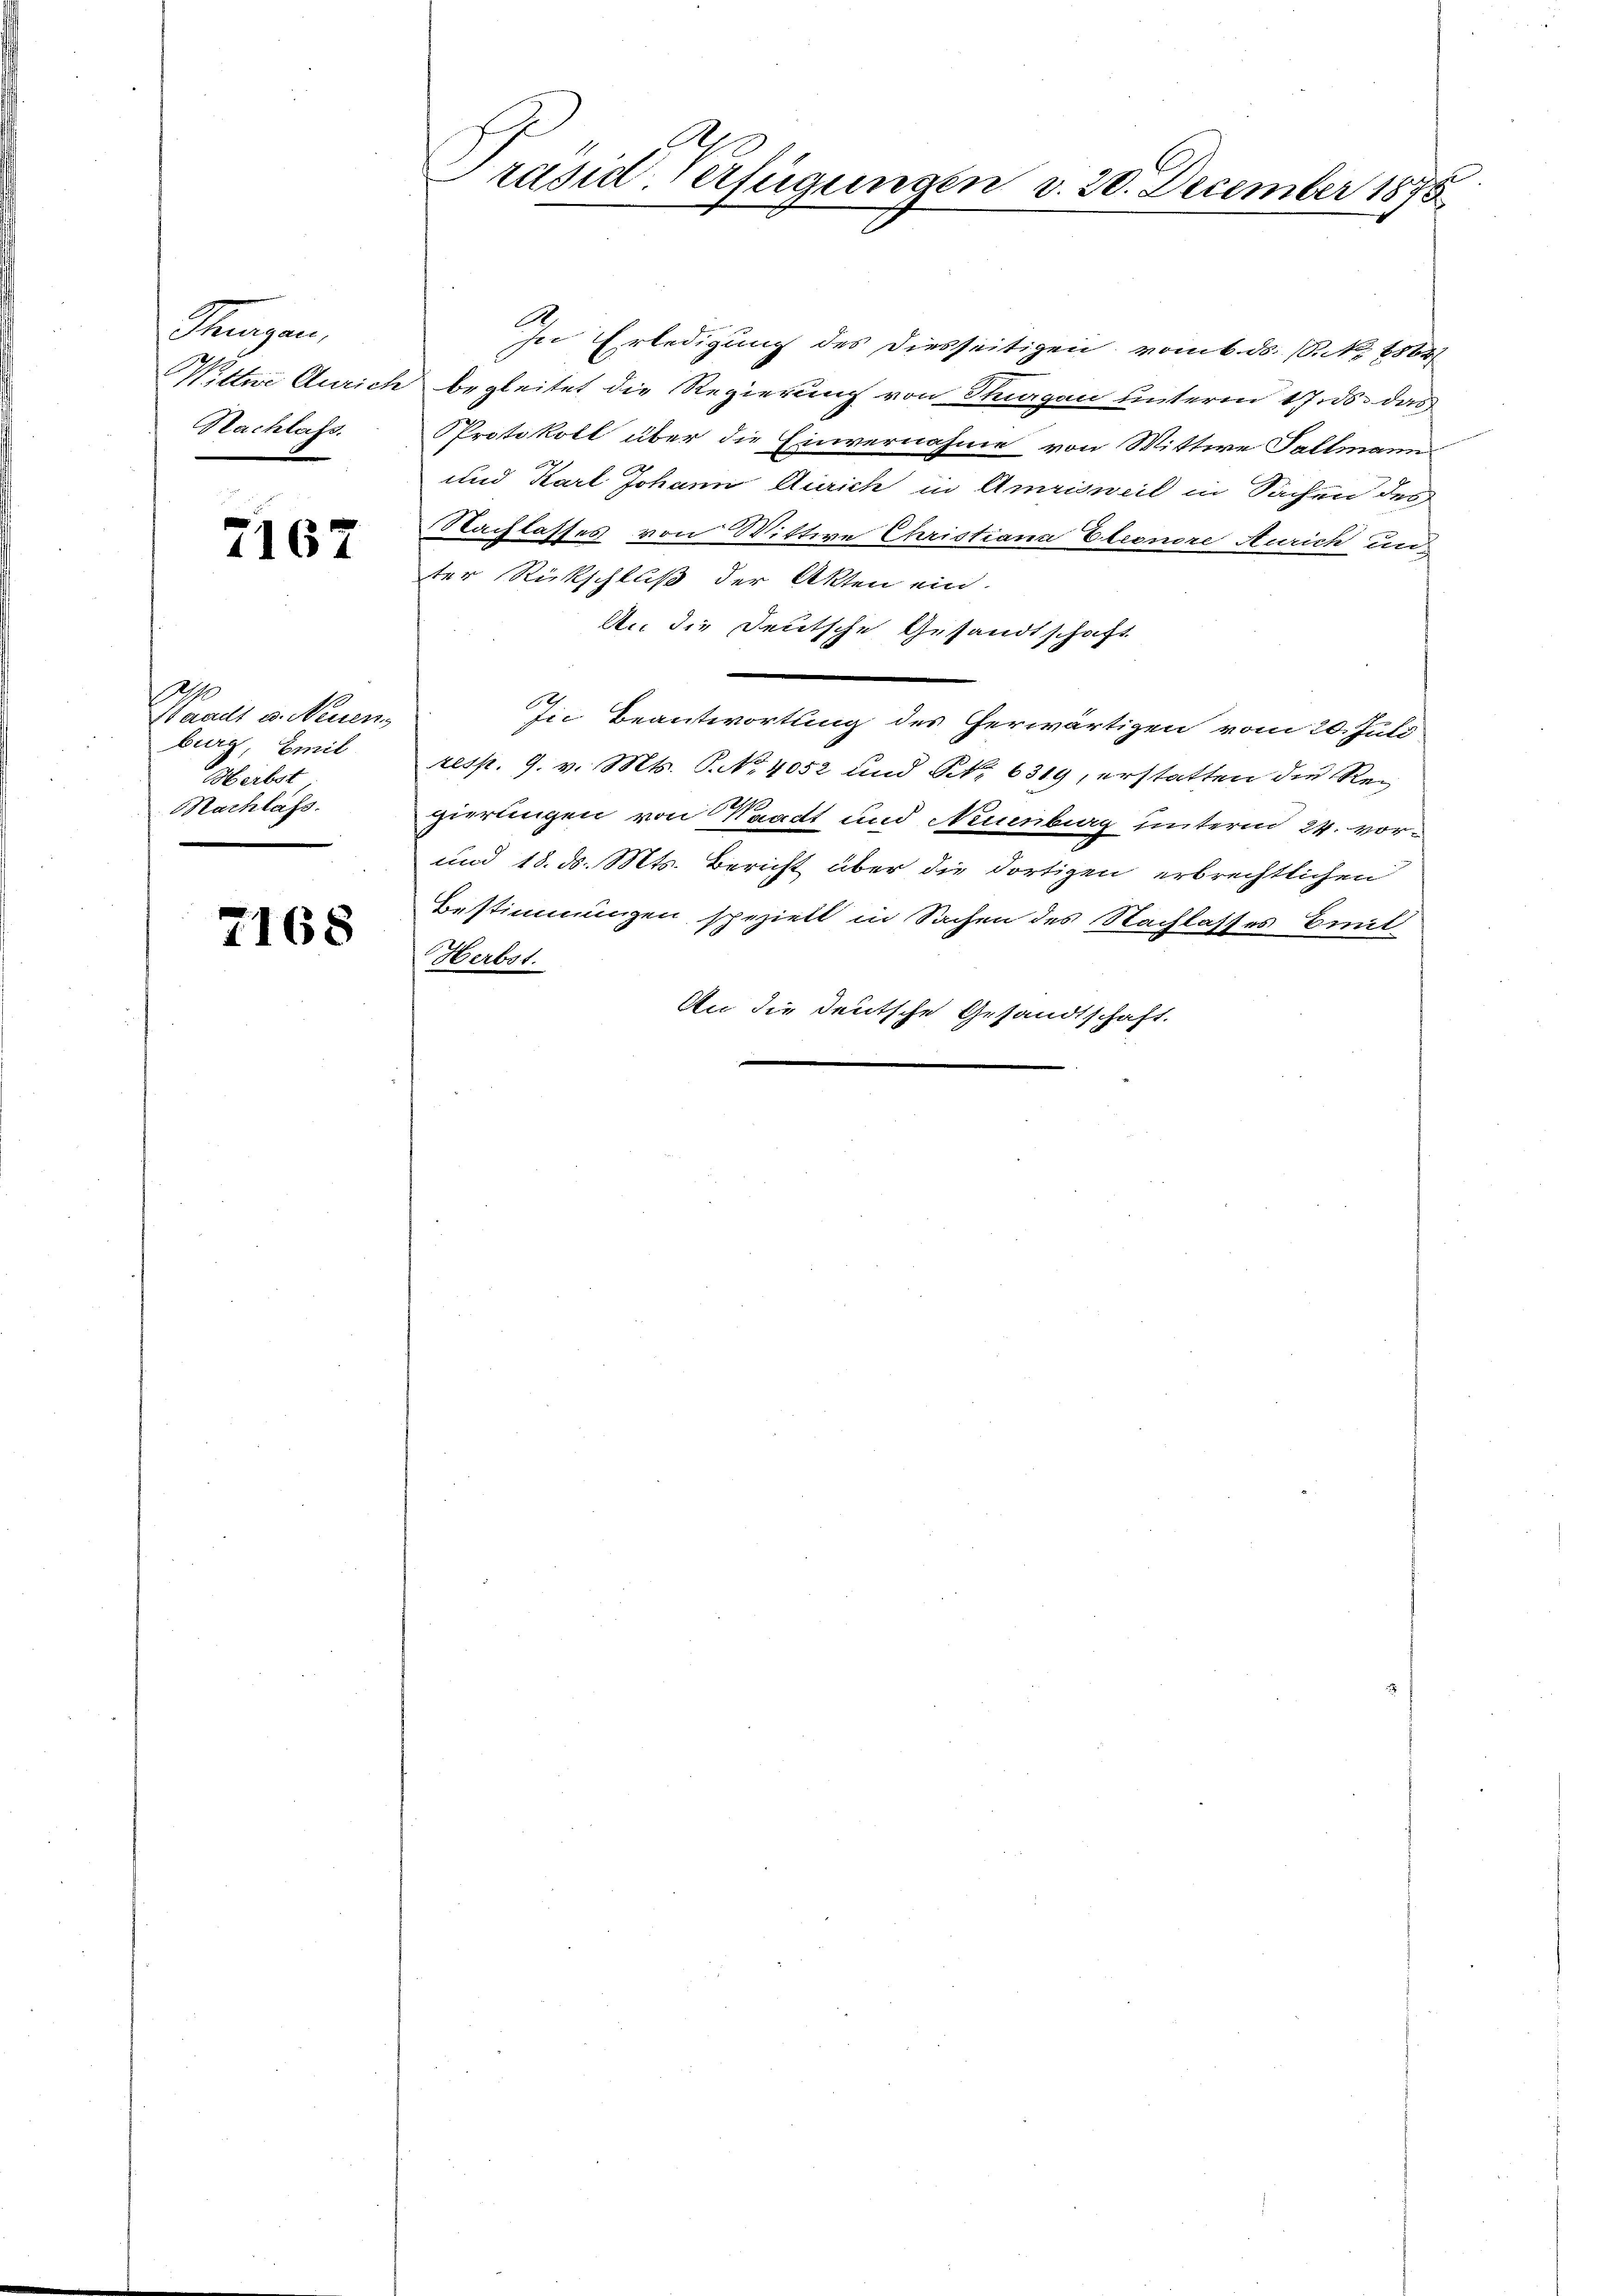
Fazen,
Wittwe Anrich
Nachlafs.

7167

2
Waadt u. Neuen
burg, Emil
Herbst
Nachlass.

2168

d
rasia erfügungen d. 20. December 1875

In Erledigung des Diesseitigen vom 6. ds. 6. No 6584/
begleitet die Regierung von Thurgau unterm 17. ds. das
Protokoll über die Einvernahme von Wittwe Fallmann
und Karl Johann Anrich in Amrisweil in Sachen des
Nachlasses von Wittwe Christiana Eleonere Aurich unter Rückschluß der Akten ein.
An die Deutsche Gesandtschaft
2
sie Beantwortung des Cherwärtigen vom 20. Juli
resp. 9. v. Mts. P. No 4052 und No 6319, erstatten die Rezierlingen von Waadt und Neuenburg unterm 24. vor¬
und 18. ds. Mts. Bericht über die dortigen erbrechtlichen
Bestimmungen speziell in Sachen des Nachlasses Emit-
Herbst.
An die deutsche Gesandtschaft.